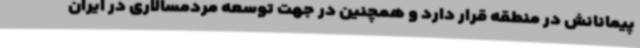
پیمانانش در منطقه قرار دارد و همچنین در جهت توسعه مردمسالاری در ایران